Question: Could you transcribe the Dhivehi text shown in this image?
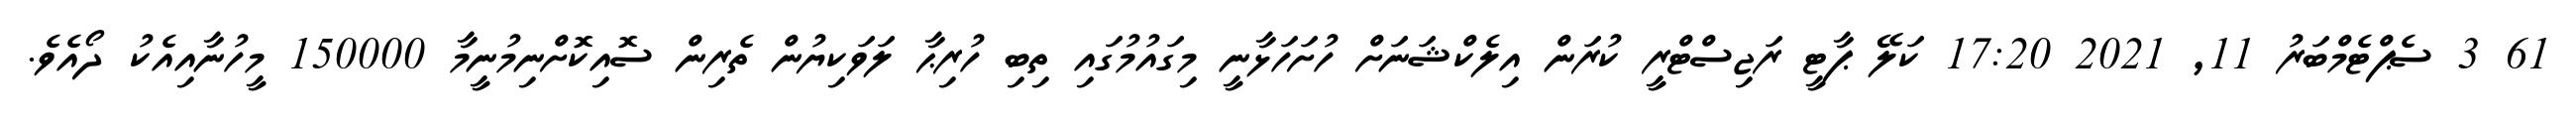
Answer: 61 3 ސެޕްޓެމްބަރު 11, 2021 17:20 ކަލޭ ޕާޓީ ރަޖިސްޓްރީ ކުރަން އިލެކްޝަނަށް ހުށަހަޅާނީ މިގައުމުގައި ތިބި ހުރިޙާ ލަވަކިޔުން ތެރިން ސޮއިކޮށްނިމުނީމާ 150000 މީހުނާއިއެކު ދޯއެވެ.